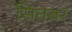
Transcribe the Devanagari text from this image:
सितबर